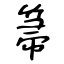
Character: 箒